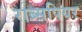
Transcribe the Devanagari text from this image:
राब्सपियर